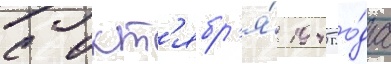
с окт'ябр'я́ 1945 го́да